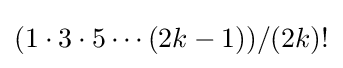
(1\cdot 3\cdot 5\cdots (2k-1))/(2k)!